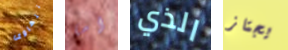
تتهاوى اما الذي يجتاز